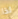
لذا